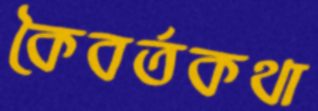
কৈবর্তকথা